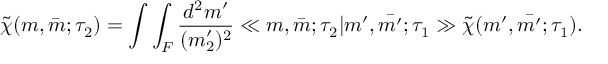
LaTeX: \tilde { \chi } ( m , \bar { m } ; \tau _ { 2 } ) = \int \int _ { F } \frac { d ^ { 2 } m ^ { \prime } } { ( m _ { 2 } ^ { \prime } ) ^ { 2 } } \ll m , \bar { m } ; \tau _ { 2 } | m ^ { \prime } , \bar { m ^ { \prime } } ; \tau _ { 1 } \gg \tilde { \chi } ( m ^ { \prime } , \bar { m ^ { \prime } } ; \tau _ { 1 } ) .